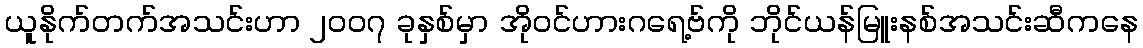
ယူနိုက်တက်အသင်းဟာ ၂၀၀၇ ခုနှစ်မှာ အိုဝင်ဟားဂရေ့ဗ်ကို ဘိုင်ယန်မြူးနစ်အသင်းဆီကနေ